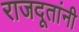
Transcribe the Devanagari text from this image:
राजदूतांनी